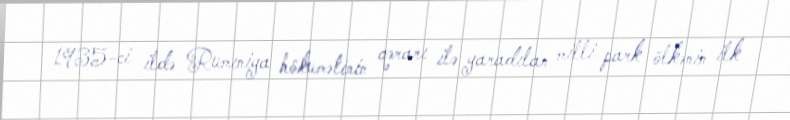
1935-ci ildə Rumıniya hökumətinin qərarı ilə yaradılan milli park ölkənin ilk